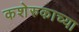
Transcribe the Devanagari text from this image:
कशेरुकाच्या